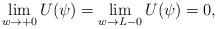
LaTeX: \begin{align*}\lim_{w\to +0}U(\psi) = \lim_{w\to L-0}U(\psi) = 0,\end{align*}